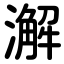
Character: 澥